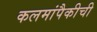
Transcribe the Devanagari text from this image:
कलमांपैकीची